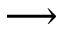
\longrightarrow